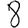
Digit: 8